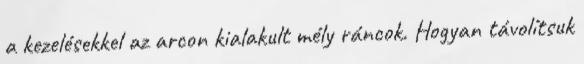
a kezelésekkel az arcon kialakult mély ráncok. Hogyan távolítsuk